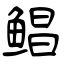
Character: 鲳